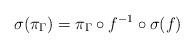
LaTeX: \begin{align*} \sigma(\pi_{\Gamma})=\pi_{\Gamma} \circ f^{-1}\circ \sigma(f)\end{align*}